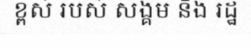
ខ្ពស់ របស់ សង្គម និង រដ្ឋ